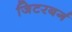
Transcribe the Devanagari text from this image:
जिटरबर्ग